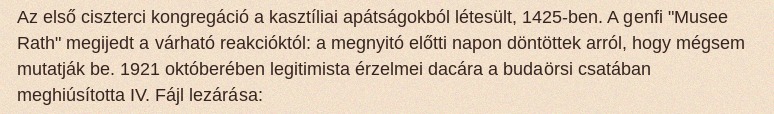
Az első ciszterci kongregáció a kasztíliai apátságokból létesült, 1425-ben. A genfi "Musee Rath" megijedt a várható reakcióktól: a megnyitó előtti napon döntöttek arról, hogy mégsem mutatják be. 1921 októberében legitimista érzelmei dacára a budaörsi csatában meghiúsította IV. Fájl lezárása: